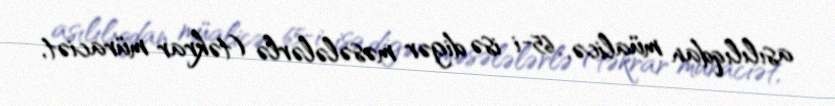
asılılıqdan müalicə, 65-i isə digər məsələlərlə (təkrar müraciət,